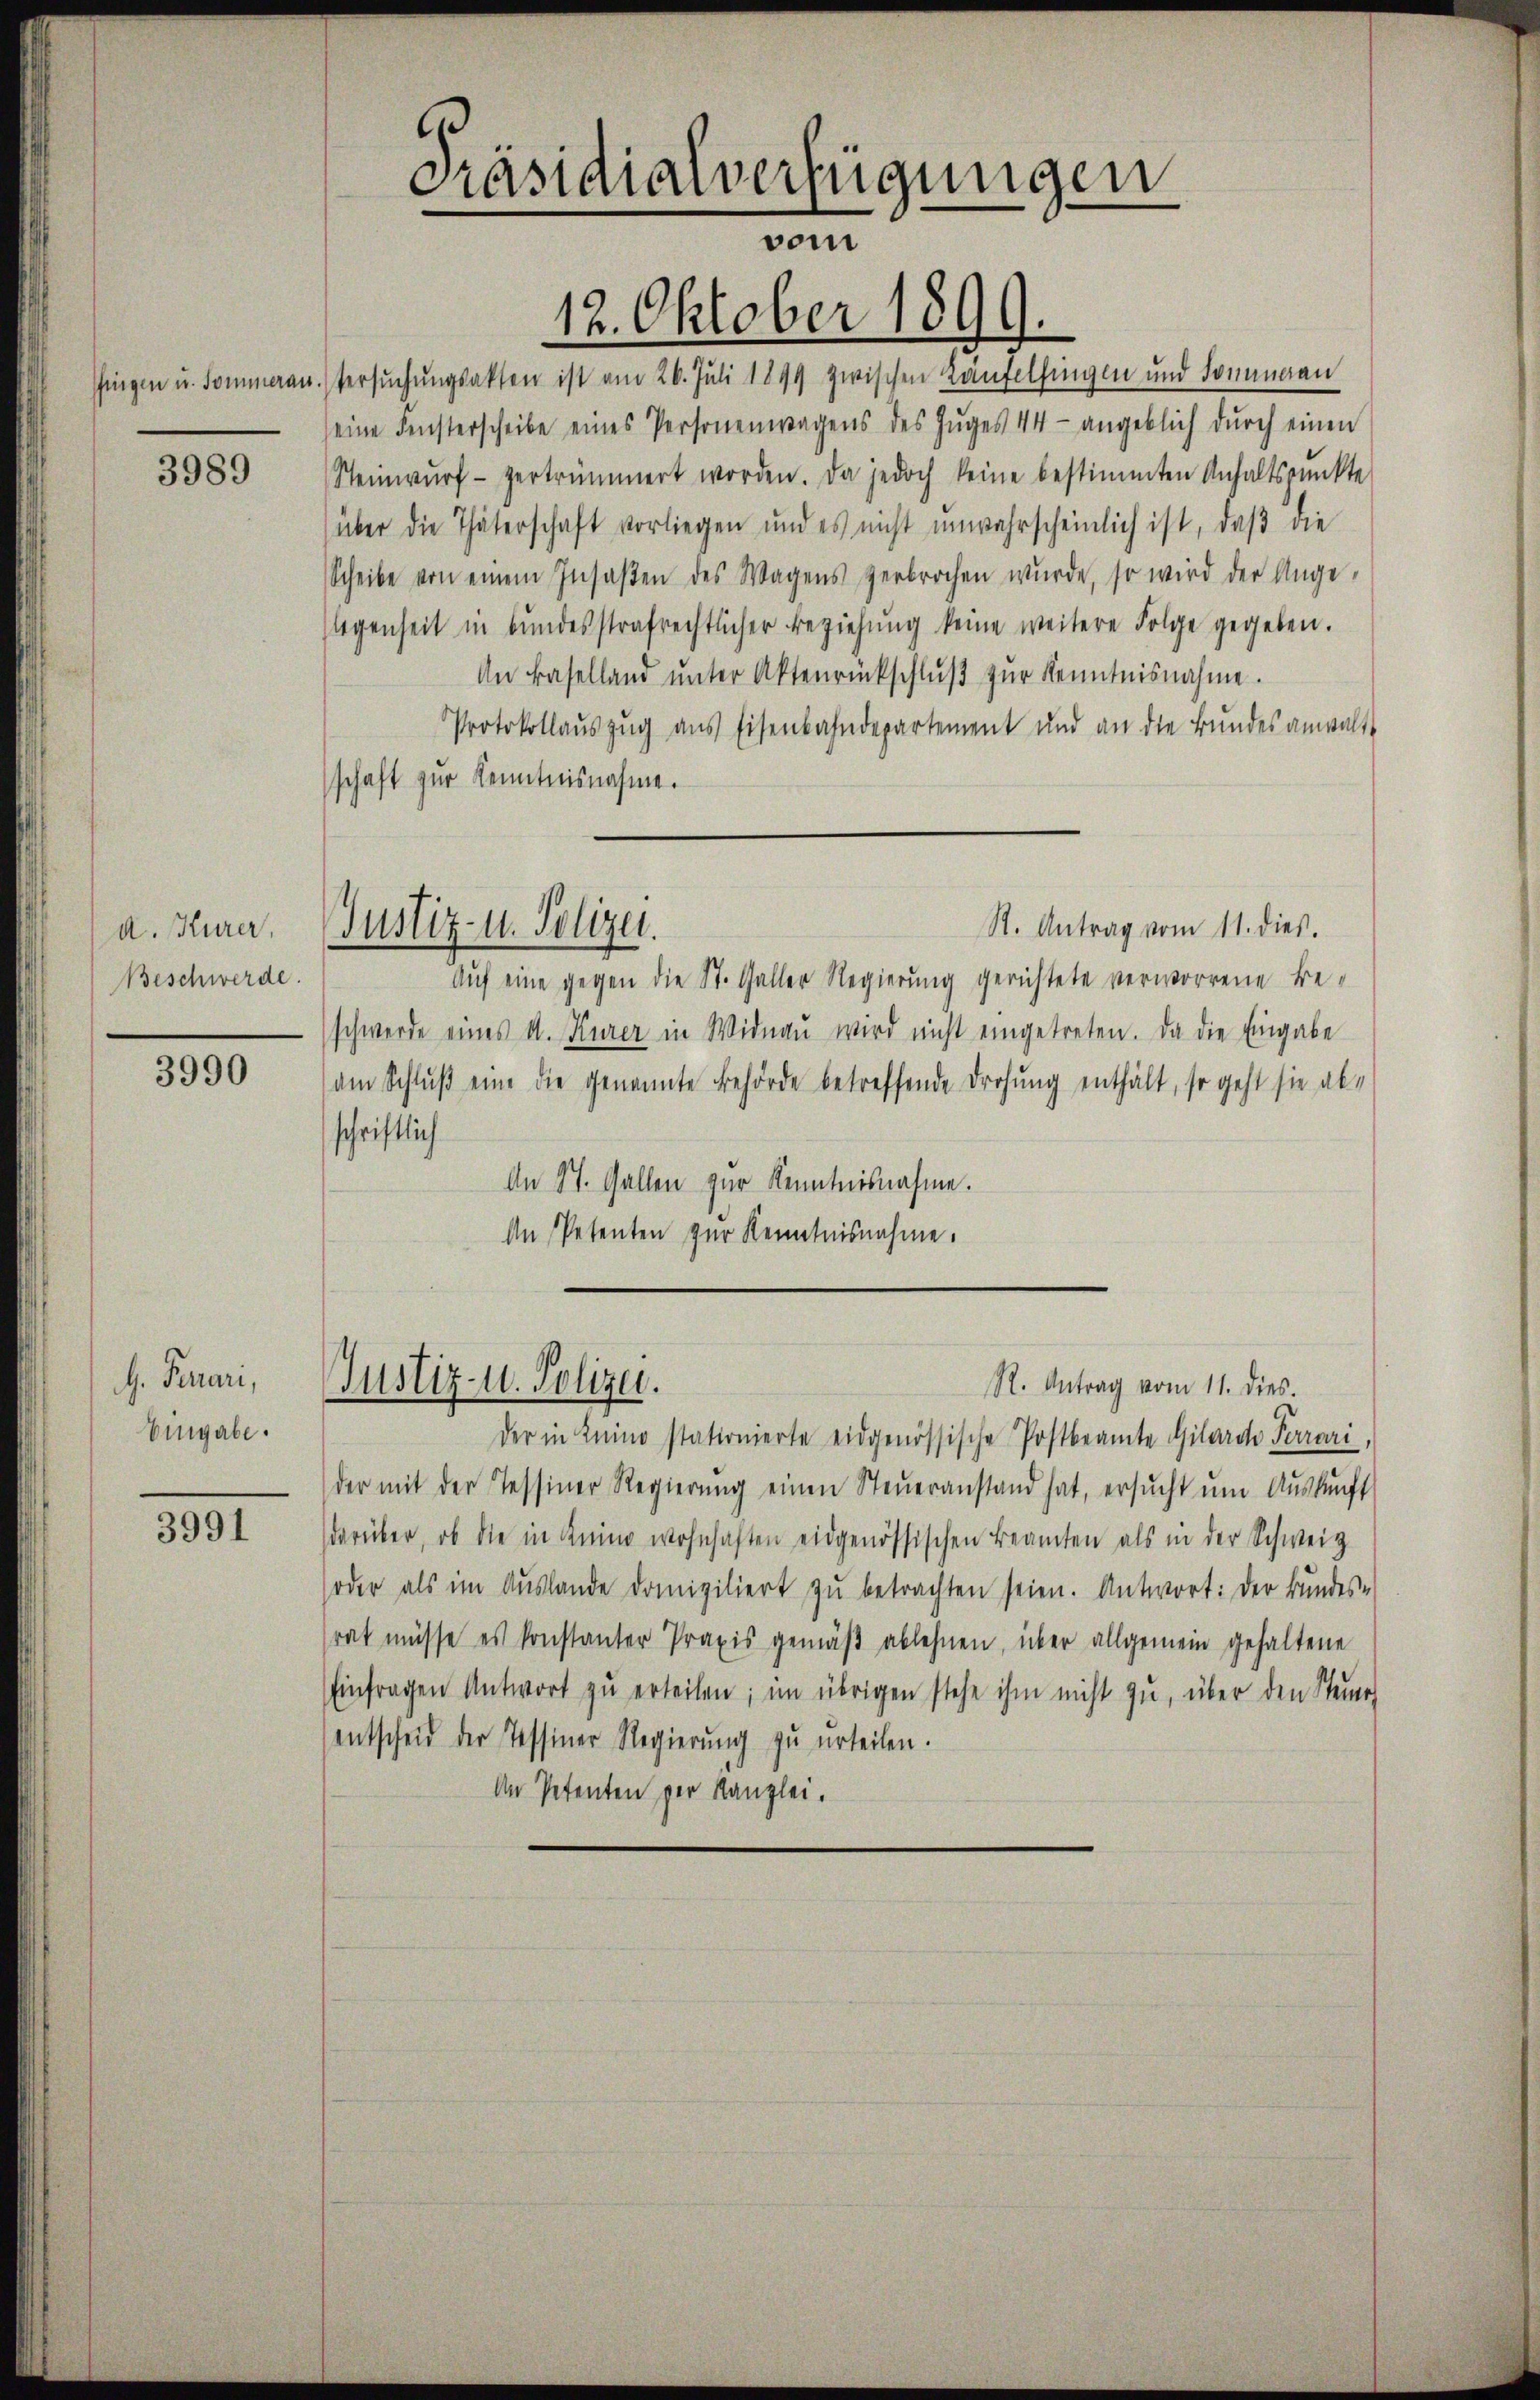
3989

A. Kurer,
Beschwerde.

3990

H. Ferrari,
Eingabe.

3991

Präsidialverfügungen
vom

Pfingen u. Sommeran. Versuchungsakten ist am 26. Juli 1899 zwischen Laufelsingen und Sommann
eine Fensterscheibe eines Personenwagens des Zŭges 44- angeblich dŭrch einen
Steinwŭrf - vertrümmert worden. Da jedoch keine bestimmten Anhaltspunkte
über die Thäterschaft vorliegen und es nicht unwahrscheinlich ist, daβ die
Scheibe von einem Insaβten des Wagens verbrochen wŭrde, so wird der Ange-
legenheit in bundesstrafrechtlicher Beziehŭng keine weitere Folge gegeben.
An Baselland ŭnter Aktenrückschlŭβ zŭr Kenntnisnahme.
Protokollaŭszŭg ans Eisenbahndepartement und an die Bŭndesanwalt
schaft zur Kenntnisnahme.
St. Antrag vom 11. dies.
Justiz- u. Polizei.
Auf eine gegen die St. Galler Regierung gerichtete verworrene Beschwerde eines A. Kurer in Widnaŭ wird nicht eingetreten. Da die Eingabe
aen Schluß eine die genannte Behörde betreffende Drohung enthält, so geht sie ab-
schriftlich
An St. Gallen zur Kenntnisnahme.
An Petenten zur Kenntnisnahme.

Justiz- u. Polizei.

12. Oktober 1899.

R. Antrag vom 11. dies.
der in Kino stationierte eidgenössische Postbeamte Gilarde Perrari,
der mit der Tessiner Regierŭng einen Steŭeranstand hat, ersŭcht ŭm Aŭskŭnft
darüber, ob die in Keine wohnhaften eidgenössischen Beamten als in der Schweiz
soder als im Aŭslande domiziliert zŭ betrachten seien. Antwort: Der Bundes-
rat müsse es konstanter Praxis gemäß ablehnen, über allgemein gehaltene
Einfragen Antwort zŭ erteilen; im übrigen stehe ihm nicht zu, über den Steine
entscheid der Tessiner Regierŭng zu urteilen.
An Petenten der Kanzlei.